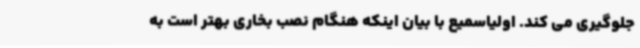
جلوگیری می کند. اولیاسمیع با بیان اینکه هنگام نصب بخاری بهتر است به